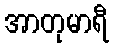
အာတုမာရီ